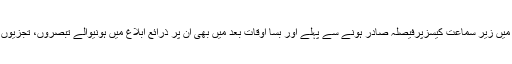
ان خیالات کا اظہار انہوں نے عدالت عظمیٰ میں زیر سماعت کیسزپرفیصلہ صادر ہونے سے پہلے اور بسا اوقات بعد میں بھی ان پر ذرائع ابلاغ میں ہونیوالے تبصروں، تجزیوں اورخبروں پر اظہار خیال کرتے ہوئے کیا ۔